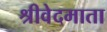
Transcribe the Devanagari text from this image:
श्रीवेदमाता